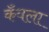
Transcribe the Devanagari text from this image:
कँवला